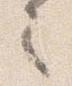
之